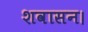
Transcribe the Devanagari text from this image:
शवासन।